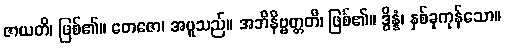
ဇာယတိ၊ ဖြစ်၏။ တေဇော၊ အပူသည်။ အဘိနိဗ္ဗတ္တတိ၊ ဖြစ်၏။ ဒွိန္နံ၊ နှစ်ခုကုန်သော။